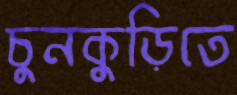
চুনকুড়িতে